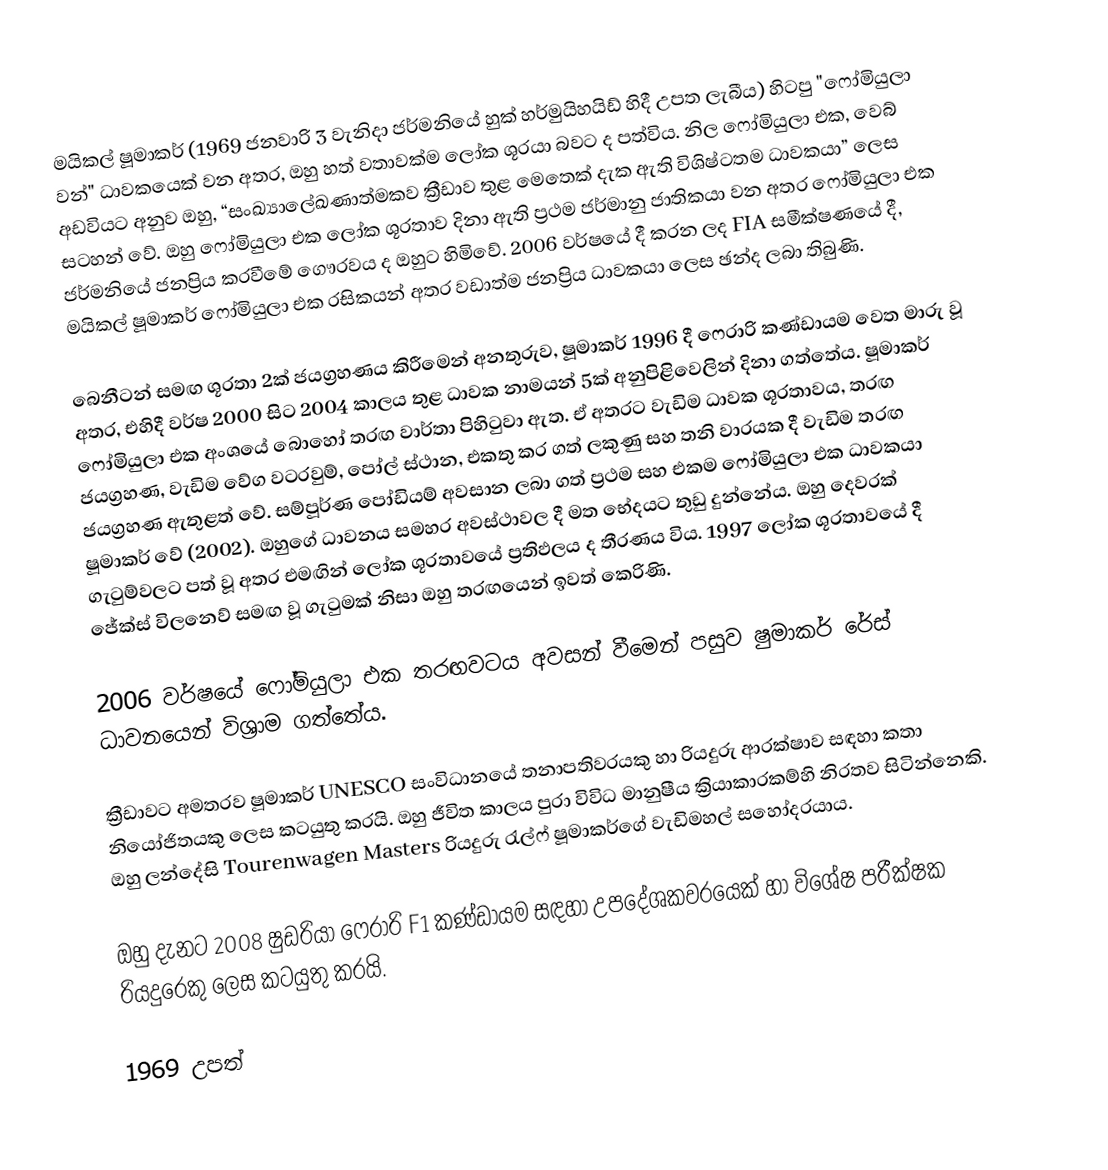
මයිකල් ෂූමාකර් (1969 ජනවාරි 3 වැනිදා ජර්මනියේ හුක් හර්මුයිහයිඩ් හිදී උපත ලැබීය) හිටපු "ෆෝමියුලා වන්" ධාවකයෙක් වන අතර, ඔහු හත් වතාවක්ම ලෝක ශූරයා බවට ද පත්විය. නිල ෆෝමියුලා එක, වෙබ් අඩවියට අනුව ඔහු, “සංඛ්‍යාලේඛණාත්මකව ක්‍රීඩාව තුළ මෙතෙක් දැක ඇති විශිෂ්ටතම ධාවකයා” ලෙස සටහන් වේ. ඔහු ෆෝමියුලා එක ලෝක ශූරතාව දිනා ඇති ප්‍රථම ජර්මානු ජාතිකයා වන අතර ෆෝමියුලා එක ජර්මනියේ ජනප්‍රිය කරවීමේ ගෞරවය ද ඔහුට හිමිවේ. 2006 වර්ෂයේ දී කරන ලද FIA  සමීක්ෂණයේ දී, මයිකල් ෂූමාකර් ෆෝමියුලා එක රසිකයන් අතර වඩාත්ම ජනප්‍රිය ධාවකයා ලෙස ඡන්ද ලබා තිබුණි.

බෙනීටන් සමඟ ශූරතා 2ක් ජයග්‍රහණය කිරීමෙන් අනතුරුව, ෂූමාකර් 1996 දී ෆෙරාරි කණ්ඩායම වෙත මාරු වූ අතර, එහිදී වර්ෂ 2000 සිට 2004 කාලය තුළ ධාවක නාමයන් 5ක් අනුපිළිවෙලින් දිනා ගත්තේය. ෂූමාකර් ෆෝමියුලා එක අංශයේ බොහෝ තරඟ වාර්තා පිහිටුවා ඇත. ඒ අතරට වැඩිම ධාවක ශූරතාවය, තරඟ ජයග්‍රහණ, වැඩිම වේග වටරවුම්, පෝල් ස්ථාන, එකතු කර ගත් ලකුණු සහ තනි වාරයක දී වැඩිම තරඟ ජයග්‍රහණ ඇතුළත් වේ. සම්පූර්ණ පෝඩියම් අවසාන ලබා ගත් ප්‍රථම සහ එකම ෆෝමියුලා එක ධාවකයා ෂූමාකර් වේ (2002). ඔහුගේ ධාවනය සමහර අවස්ථාවල දී මත භේදයට තුඩු දුන්නේය. ඔහු දෙවරක් ගැටුම්වලට පත් වූ අතර එමඟින් ලෝක ශූරතාවයේ ප්‍රතිඵලය ද තීරණය විය. 1997 ලෝක ශූරතාවයේ දී ජේක්ස් විලනෙව් සමඟ වූ ගැටුමක් නිසා ඔහු තරඟයෙන් ඉවත් කෙරිණි.

2006 වර්ෂයේ ෆෝමියුලා එක තරඟවටය අවසන් වීමෙන් පසුව ෂුමාකර් රේස් ධාවනයෙන් විශ්‍රාම ගත්තේය.

ක්‍රීඩාවට අමතරව ෂූමාකර් UNESCO සංවිධානයේ තනාපතිවරයකු හා රියදුරු ආරක්ෂාව සඳහා කතා නියෝජිතයකු ලෙස කටයුතු කරයි. ඔහු ජීවිත කාලය පුරා විවිධ මානුෂීය ක්‍රියාකාරකම්හි නිරතව සිටින්නෙකි. ඔහු ලන්දේසි Tourenwagen Masters රියදුරු රැල්ෆ් ෂූමාකර්ගේ වැඩිමහල් සහෝදරයාය.

ඔහු දැනට 2008 ෂුඩරියා ෆෙරාරි F1 කණ්ඩායම සඳහා උපදේශකවරයෙක් හා විශේෂ පරීක්ෂක රියදුරෙකු ලෙස කටයුතු කරයි.

1969 උපත්